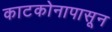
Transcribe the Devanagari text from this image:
काटकोनापासून